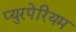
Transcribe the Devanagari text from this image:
प्युरपेरियम